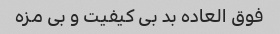
فوق العاده بد بی کیفیت و بی مزه